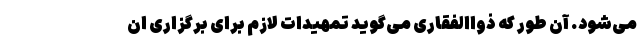
می‌شود. آن طور که ذواالفقاری می‌گوید تمهیدات لازم برای برگزاری ان